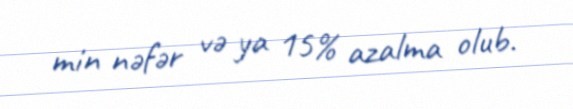
min nəfər və ya 15% azalma olub.